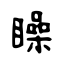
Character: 矂